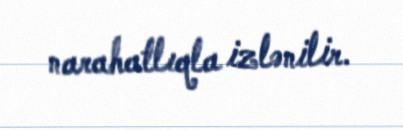
narahatlıqla izlənilir.